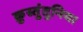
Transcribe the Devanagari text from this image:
क़ुस्तुंतुनिया